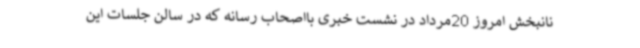
نانبخش امروز 20مرداد در نشست خبری بااصحاب رسانه که در سالن جلسات این